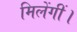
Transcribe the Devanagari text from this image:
मिलेंगीं।